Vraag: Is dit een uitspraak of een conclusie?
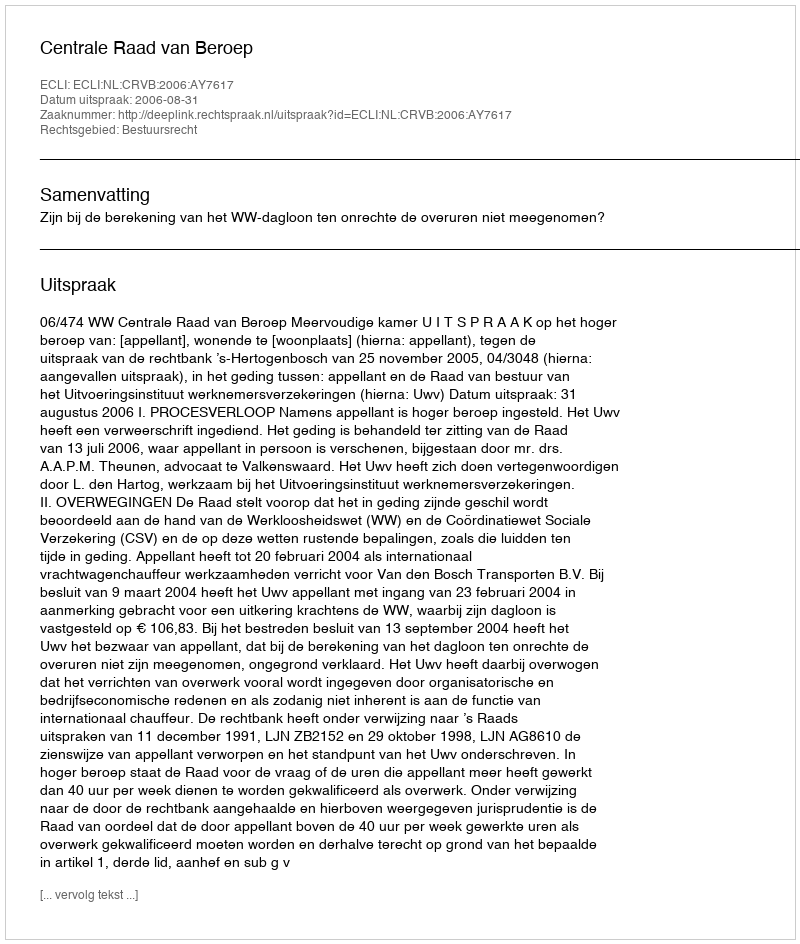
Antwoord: Uitspraak